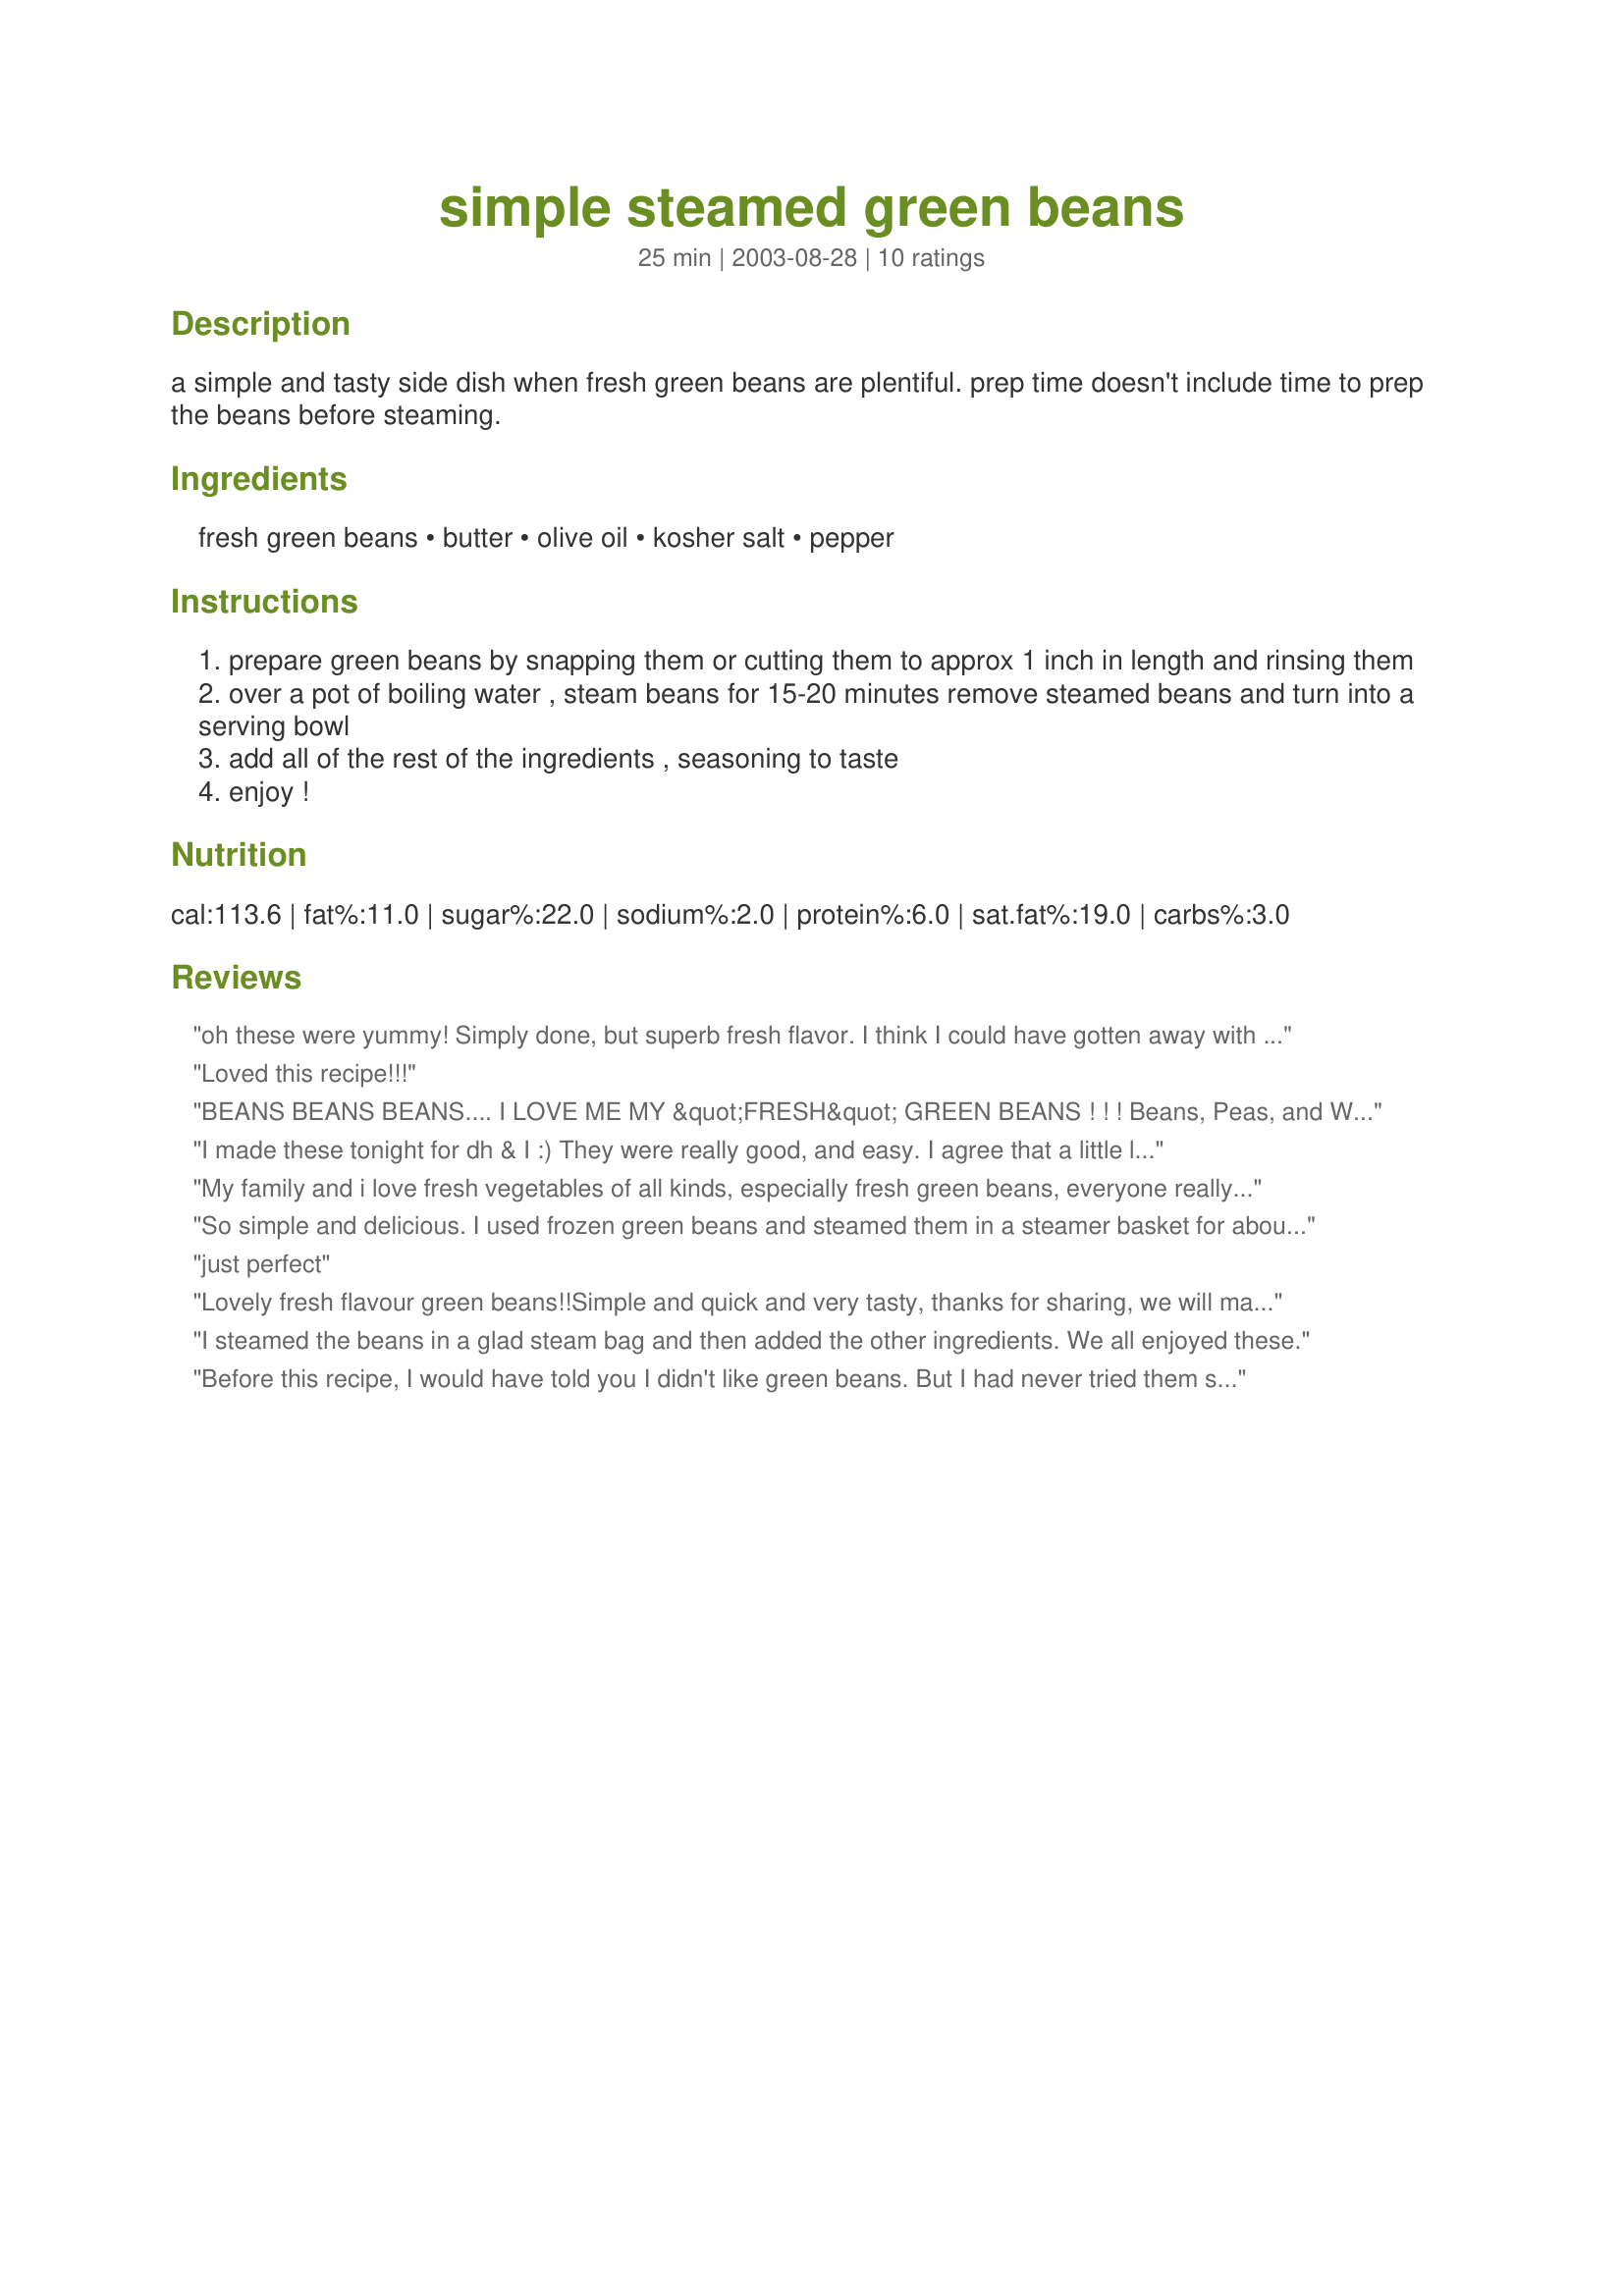
simple steamed green beans
Preparation time: 25 minutes

a simple and tasty side dish when fresh green beans are plentiful. prep time doesn't include time to prep the beans before steaming.

Ingredients:
fresh green beans, butter, olive oil, kosher salt, pepper

Steps:
prepare green beans by snapping them or cutting them to approx 1 inch in length and rinsing them
over a pot of boiling water , steam beans for 15-20 minutes remove steamed beans and turn into a serving bowl
add all of the rest of the ingredients , seasoning to taste
enjoy !

Reviews:
oh these were yummy! Simply done, but superb fresh flavor. I think I could have gotten away with a little less butter on ours, although I'm not sure if I used the full amount of beans. I also did not need to cook them as long, so for future reference I will start watching them much sooner.
Loved this recipe!!!
BEANS BEANS BEANS.... I LOVE ME MY &quot;FRESH&quot; GREEN BEANS ! ! ! Beans, Peas, and White Corn on the Cob... The 3 vegetables that taste Absolutely AMAZING when they are FRESH !!!! NO COMPARISON !!
I made these tonight for dh & I :) They were really good, and easy. I agree that a little less butter can be used. Thanks for sharing!
My family and i love fresh vegetables of all kinds, especially fresh green beans, everyone really liked this recipe, i just trimmed the green beans and kept them long, otherwise followed the rest of recipe exactly, i used your dutch oven idea with a steam basket inside it, it couldn't have been easier, thank you for a recipe i will use over and over.
So simple and delicious. I used frozen green beans and steamed them in a steamer basket for about 10 minutes then tossed with butter, seasoned with the salt and pepper. Made for PAC Spring 2012.
just perfect
Lovely fresh flavour green beans!!Simple and quick and very tasty, thanks for sharing, we will make these again!!
I steamed the beans in a glad steam bag and then added the other ingredients. We all enjoyed these.
Before this recipe, I would have told you I didn't like green beans. But I had never tried them steamed before. I liked these so much I ate all my green beans first!! LOL! I steamed them for 18 minutes. First, I drizzled the teaspoon of EVOO on them and tossed to coat. I then sprinkled about a teaspoon of brown sugar over them and some pepper, again tossing to coat. I learned the brown sugar trick from a restaurant chef and it is incredible. I know I'll be making these again!
